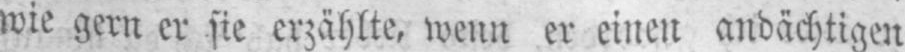
wie gern er sie erzählte, wenn er einen andächtigen